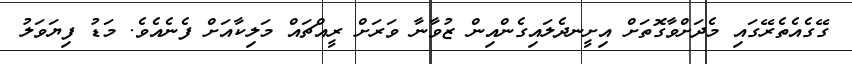
ގޭގެއެތެރޭގައި މެދަށްވާގޮތަށް އިށީނދެލައިގެންއިން ޒުވާނާ ވަރަށް ރީއްޗައް މަލިކާއަށް ފެނެއެވެ. މަޑު ފިޔަވަލު